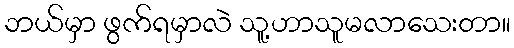
ဘယ်မှာ ဖွက်ရမှာလဲ သူ့ဟာသူမလာသေးတာ။